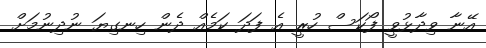
އޭނާ ވިދާޅުވީ ފޯކަސް ހުރީ އެ ފަދަ ކަމެއް ދެން ހިނގިޔަ ނުދިނުމަށް